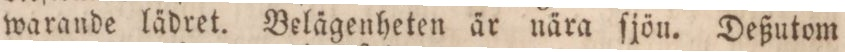
warande lädret. Belägenheten är nära ſjön. Deßutom